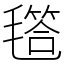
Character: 㲮